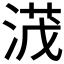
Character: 𣸻